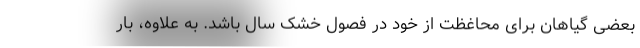
بعضی گیاهان برای محاغظت از خود در فصول خشک سال باشد. به علاوه، بار